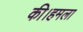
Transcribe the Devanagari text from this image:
की।हमला